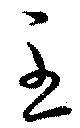
至